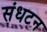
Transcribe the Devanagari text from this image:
संधटन